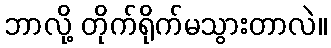
ဘာလို့ တိုက်ရိုက်မသွားတာလဲ။